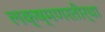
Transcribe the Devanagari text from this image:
लक्ष्मणरतीर्था